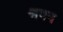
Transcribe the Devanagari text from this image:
श्रवन